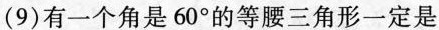
( 9 )有一个角是60°的等腰三角形一定是